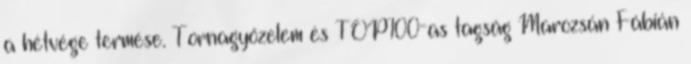
a hétvége termése. Tornagyőzelem és TOP100-as tagság Marozsán Fábián